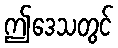
ဤဒေသတွင်